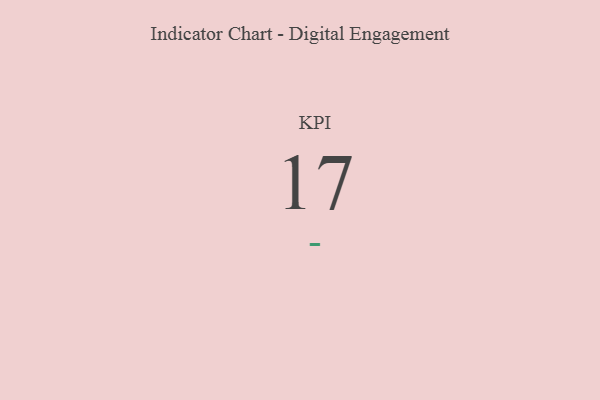
{"axis": {"x": "KPI", "y": "Value"}, "legend": [""], "data": [{"x": "KPI", "y": 17, "type": ""}]}